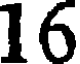
16